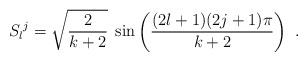
LaTeX: \begin{align*}S_l{}^j = \sqrt{\frac{2}{k+2}}\; \sin\left(\frac{(2l+1)(2j+1)\pi}{k+2}\right)\ .\end{align*}